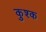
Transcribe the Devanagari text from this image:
कुश्क